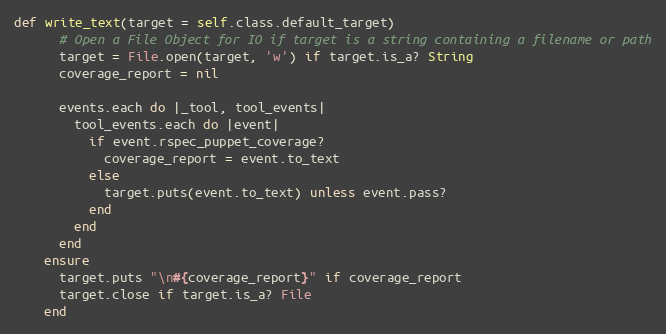
Language: Ruby
def write_text(target = self.class.default_target)
      # Open a File Object for IO if target is a string containing a filename or path
      target = File.open(target, 'w') if target.is_a? String
      coverage_report = nil

      events.each do |_tool, tool_events|
        tool_events.each do |event|
          if event.rspec_puppet_coverage?
            coverage_report = event.to_text
          else
            target.puts(event.to_text) unless event.pass?
          end
        end
      end
    ensure
      target.puts "\n#{coverage_report}" if coverage_report
      target.close if target.is_a? File
    end